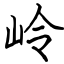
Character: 岭